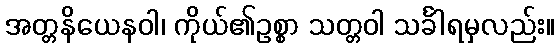
အတ္တနိယေနဝါ၊ ကိုယ်၏ဥစ္စာ သတ္တဝါ သင်္ခါရမှလည်း။